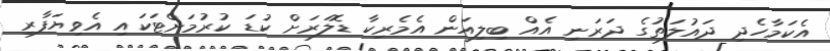
އެކަމާހެދި ދައުލަތުގެ ދަރަނި އެއް ބިލިއަން އެމެރިކާ ޑޮލަރަށް ކުޑަ ކުރުމަށްޓަކައި އެވިޔަފާރި